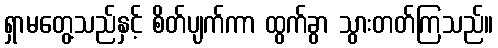
ရှာမတွေ့သည်နှင့် စိတ်ပျက်ကာ ထွက်ခွာ သွားတတ်ကြသည်။